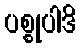
ပစ္စုပါဒိ